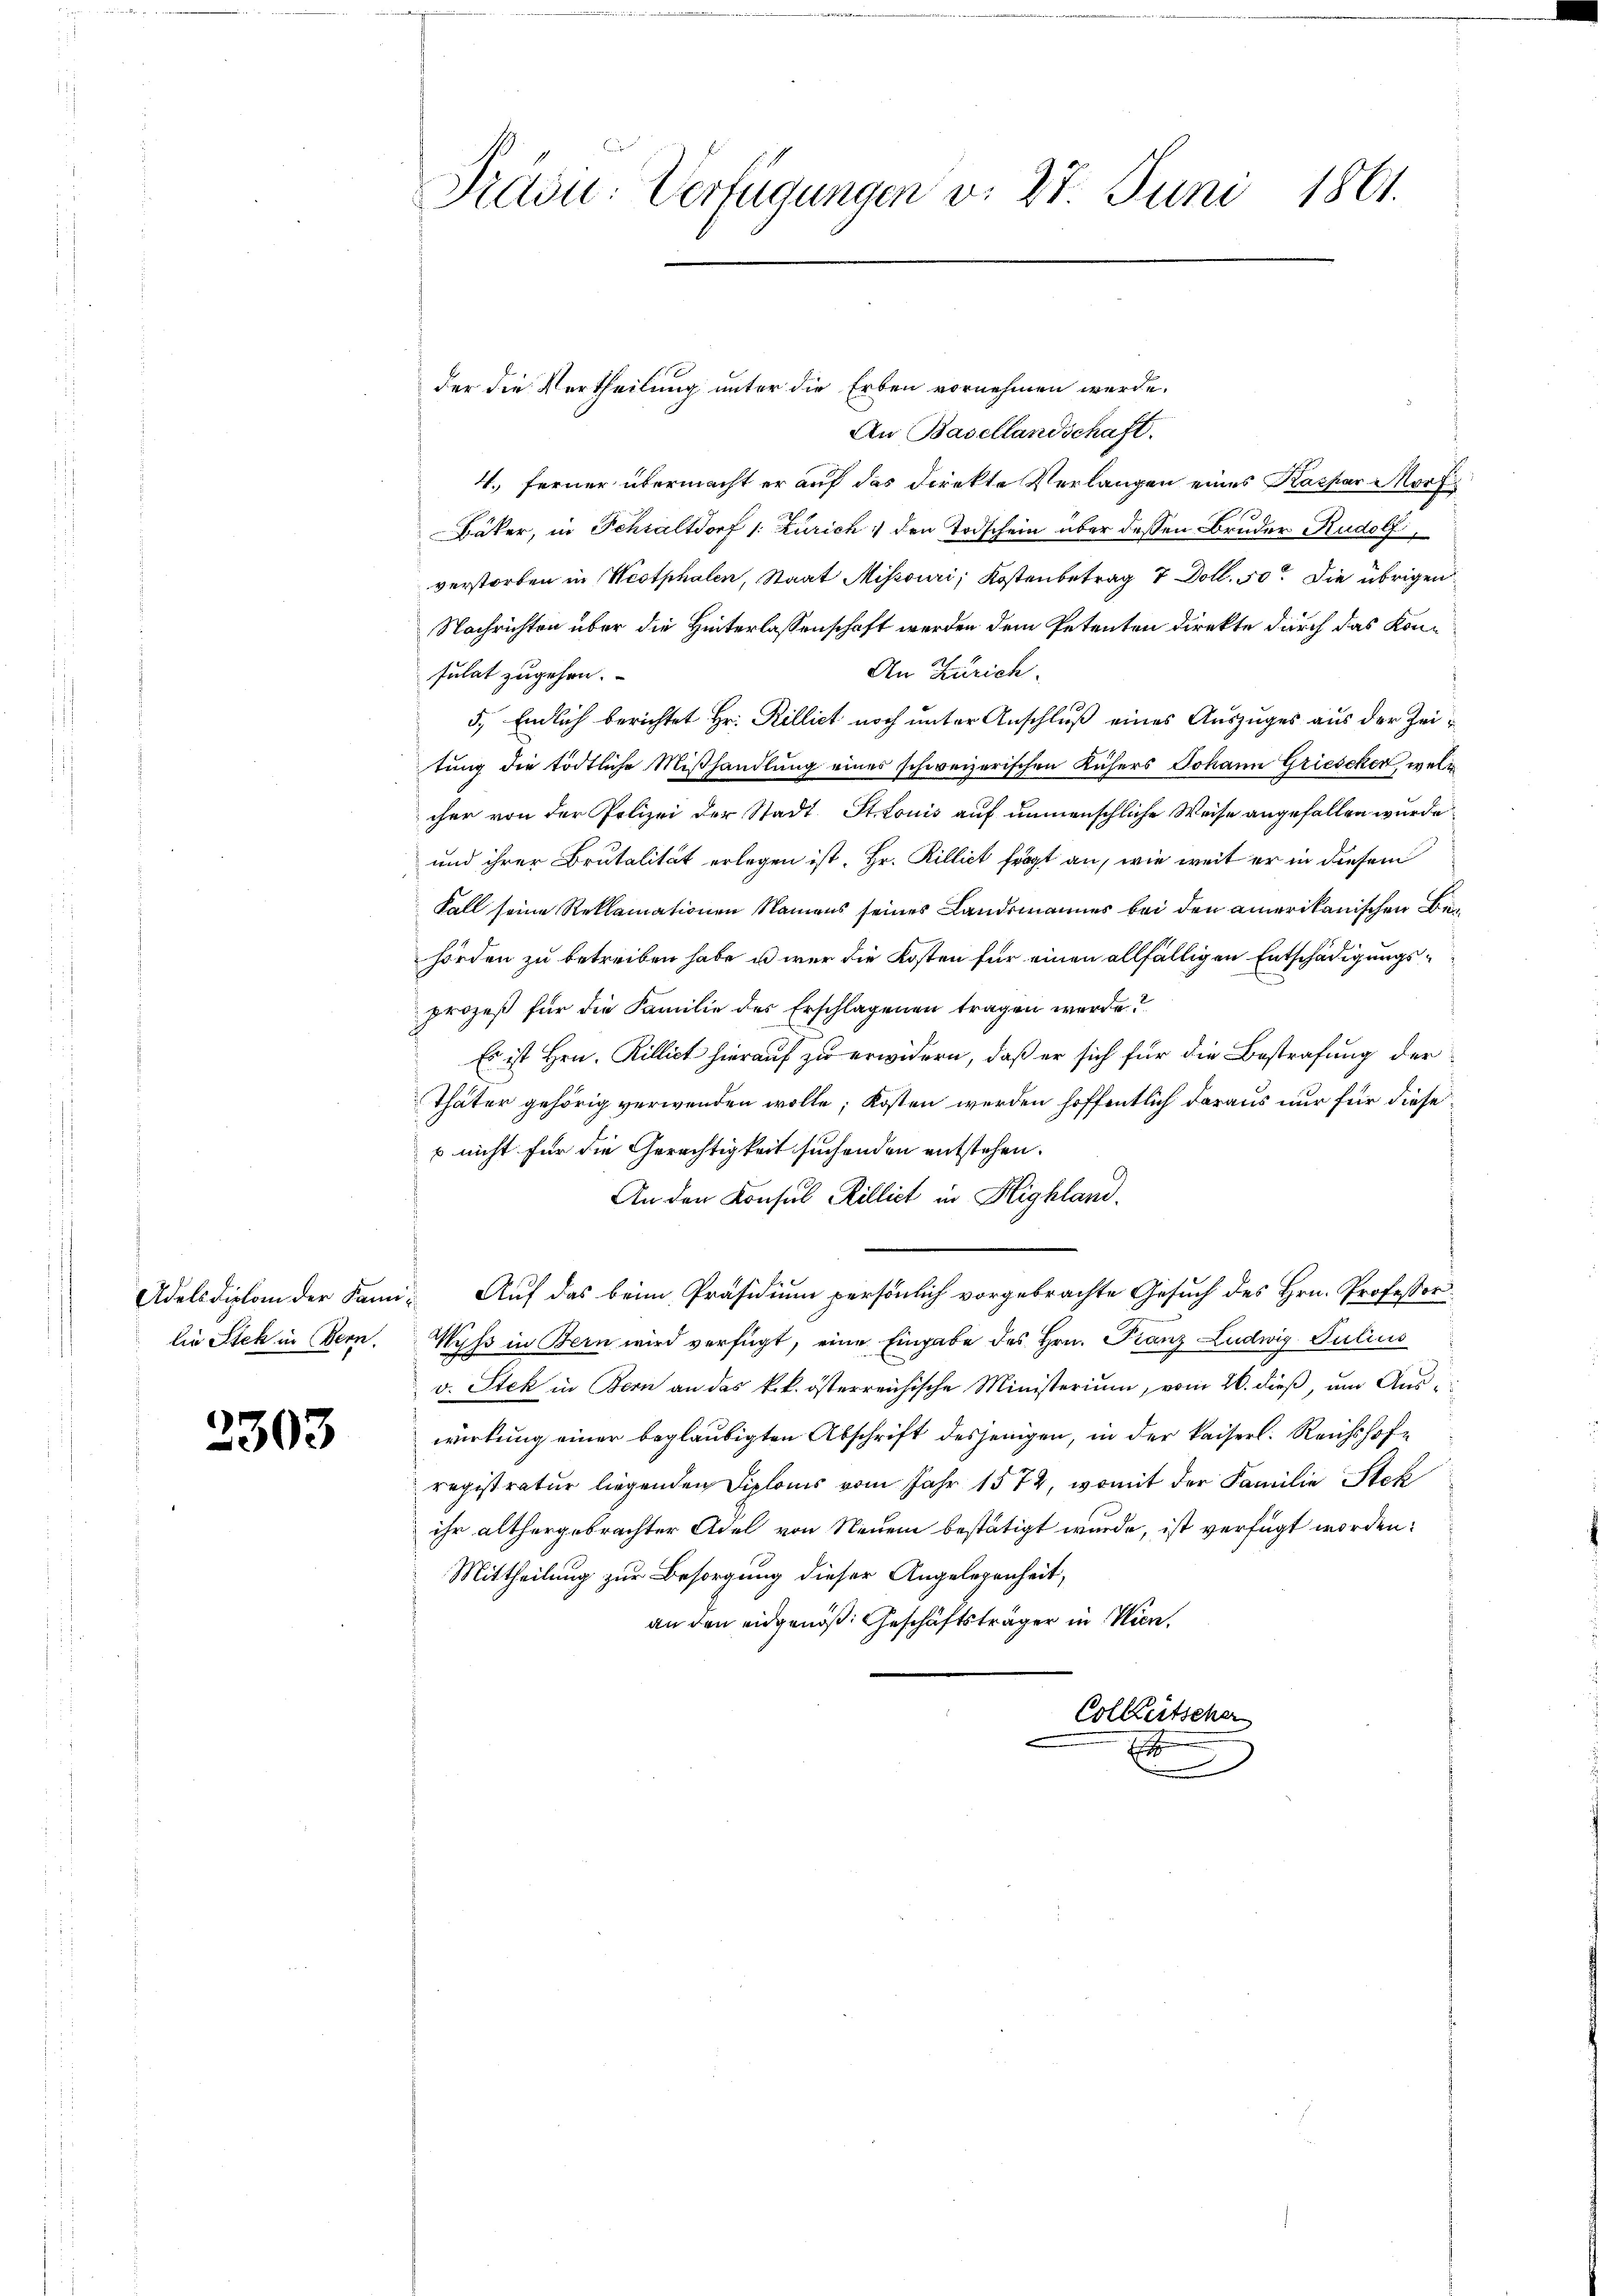
2303

der die Vertheilung unter die Erben vornehmen werde.
An Basellandschaft.
4., ferner übermacht er auf das Direkte Verlangen eines Kaspar Morf
1
Bäker, in Schraltdorf 1: Zürich den Todschein über dessen Bruder Rudolf
verstorben in Westphalen, Staat Missouri; Kostenbetrag 7 Doll. 50. Die übrigen
Nachrichten über die Hinterlassenschaft werden dem Petenten direkte durch das Kon¬
An Zürich.
sulat zugehen.
5., Endlich berichtet Hr. Rillict noch unter Anschluß eines Auszuges aus der Zeitung die tödtliche Mißhandlung eines schweizerischen Küchers Johann Grieschen, welc
cher von der Polizei der Stadt St. Louis auf unmenschliche Weise angefallen wurde
und ihrer Brutalität erlegen ist. Hr. Rillict frägt an, wie weit er in diesem
Fall seine Reklamationen Namens seines Landsmannes bei den amerikanischen Behörden zu betreiben habe u wer die Kosten für einen allfälligen Entschädigungsprozeß für die Familie des Erschlagenen tragen werde?
Es ist Hrn. Rillict hierauf zu erwidern, daß er sich für die Bestrafung der
Thäter gehörig verwenden wolle; Kosten werden hoffentlich daraus nur für diese
s nicht für die Gerechtigkeit suchenden entstehen.
An den Konsul Rillict in Highland.
Adelsdiplom der Fami- Auf das beim Präsidium persönlich vorgebrachte Gesuch des Hrn. Professor
die Stek in Bern. Wyss in Bern wird verfügt, eine Eingabe des Hrn. Franz Ludwig Julius
v. Stek in Bern an das k.k. österreichische Ministerium, vom 26. dieß, um Auswirkung einer beglaubigten Abschrift desjenigen, in der kaiserl. Reichshofe
registratur liegenden Diploms vom Jahr 1572, womit der Familie Stek
ihr althergebrachter Adel von Neuem bestätigt wurde, ist verfügt worden:
Mittheilung zur Besorgung dieser Angelegenheit,
an den eidgenöß: Geschäftsträger in Wien,
Colleitscher
E
e

Präsi- Verfügungen v. 27. Juni 1861.